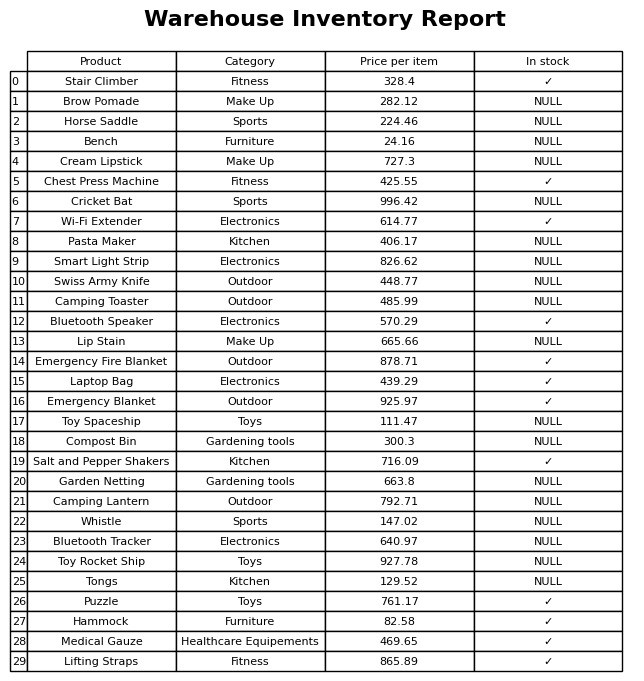
question: What is the price for Brow Pomade?
answer: The price of Brow Pomade is 282.12.